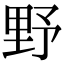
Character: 野